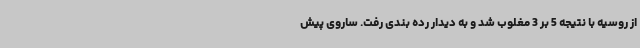
از روسیه با نتیجه 5 بر 3 مغلوب شد و به دیدار رده بندی رفت. ساروی پیش